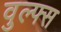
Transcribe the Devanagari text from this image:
वुल्फ्स